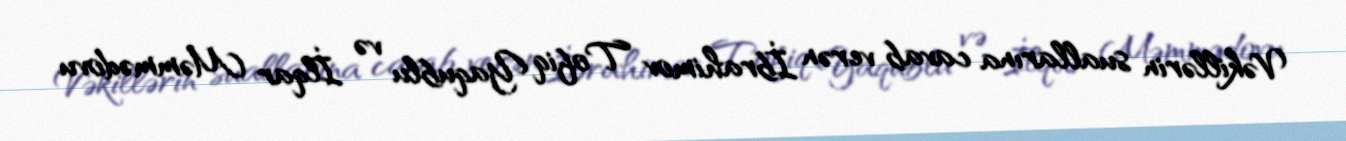
Vəkillərin suallarına cavab verən İbrahimov Tofiq Yaqublu və İlqar Məmmədovu